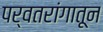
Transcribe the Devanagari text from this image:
पर्वतरांगातून